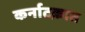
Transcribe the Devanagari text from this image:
कर्नाटक़ात